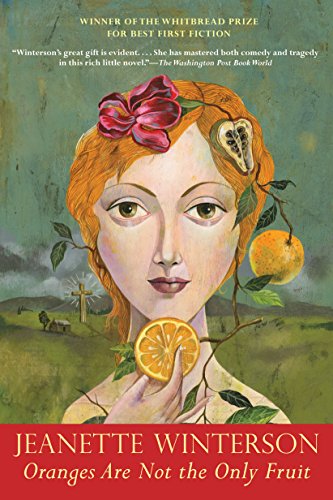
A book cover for Oranges Are Not the Only Fruit; Jeanette Winterson; Literature & Fiction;